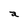
Character: a